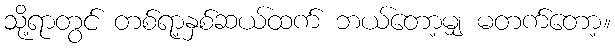
သို့ရာတွင် တစ်ရာ့နှစ်ဆယ်ထက် ဘယ်တော့မျှ မတက်တော့။